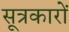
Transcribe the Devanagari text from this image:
सूत्रकारों